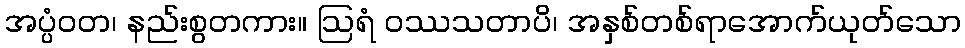
အပ္ပံဝတ၊ နည်းစွတကား။ ဩရံ ဝဿသတာပိ၊ အနှစ်တစ်ရာအောက်ယုတ်သော